Medical and sanitary report of the native army of Bengal for the year
Year: 1876
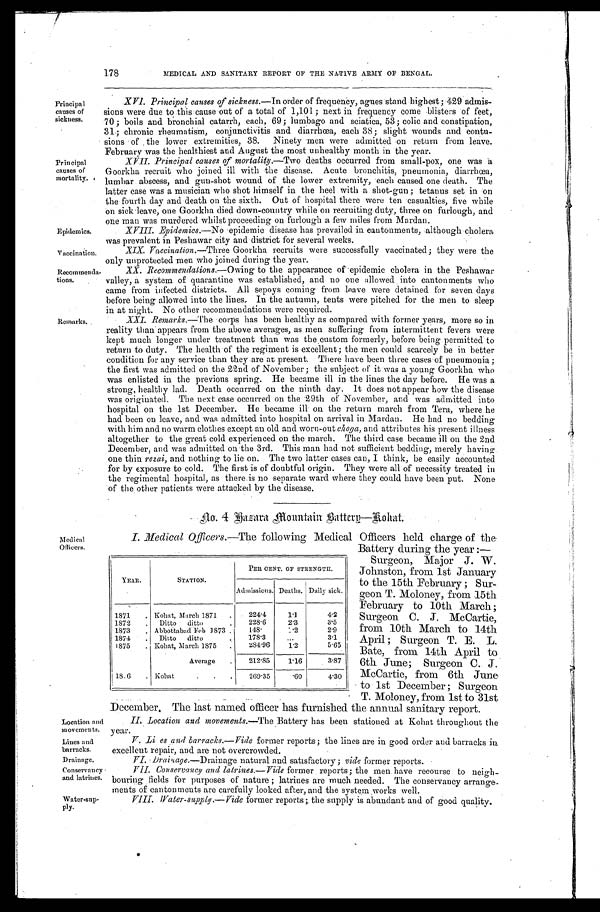
Epidemics.
Vaccination.
Recommenda
-tions.
178
MEDICAL AND SANITARY REPORT OF THE NATIVE ARMY OF BENGAL.
Principal
causes of
sickness.
Principal
causes of
mortality.
Remarks.
X V I . P r i n c i p a l c a u s e s o f s i c k n e s s .—
I n o r d e r o f f r e q u e n c y , a g u e s s t a n d h i g h e s t ; 4 2 9 a d m i s -
sions were due to this cause out of a total of 1,101; next in frequency come blisters of feet,
7 0 ; b o i l s a n d b r o n c h i a l c a t a r r h , e a c h , 6 9 ; l u m b a g o a n d s c i a t i c a , 5 3 ; c o l i c a n d c o n s t i p a t i o n ,
31; chronic rheumatism, conjunctivitis and diarrhœa, each 38; slight wounds and contu-
sions of the lower extremities, 38. Ninety men were admitted on return from leave.
February was the healthiest and August the most unhealthy month in the year.
XVII. Principal causes of mortality.—Two deaths occurred from small-pox, one was a
Goorkha recruit who joined ill with the disease. Acute bronchitis, pneumonia, diarrhœa,
lumbar abscess, and gun-shot wound of the lower extremity, each caused one death. The
latter case was a musician who shot himself in the heel with a shot-gun; tetanus set in on
the fourth day and death on the sixth. Out of hospital there were ten casualties, five while
on sick leave, one Goorkha died down-country while on recruiting duty, three on furlough, and
one man was murdered whilst proceeding on furlough a few miles from Mardan.
XVIII. Epidemics. —No epidemic disease has prevailed in cantonments, although cholera
was prevalent in Peshawar city and district for several weeks.
XIX. Vaccination. —Three Goorkha recruits were successfully vaccinated; they were the
only unprotected men who joined during the year.
XX. Recommendations.— Owing to the appearance of epidemic cholera in the Peshawar
valley, a system of quarantine was established, and no one allowed into cantonments who
came from infected districts. All sepoys coming from leave were detained for seven days
before being allowed into the lines. In the autumn, tents were pitched for the men to sleep
in at night. No other recommendations were required.
XXI. Remarks.—The corps has been healthy as compared with former years, more so in
reality than appears from the above averages, as men suffering from intermittent fevers were
kept much longer under treatment than was the custom formerly, before being permitted to
return to duty. The health of the regiment is excellent; the men could scarcely be in better
condition for any service than they are at present. There have been three cases of pneumonia;
the first was admitted on the 22nd of November; the subject of it was a young Goorkha who
was enlisted in the previous spring. He became ill in the lines the day before. He was a
strong, healthy lad. Death occurred on the ninth day. It does not appear how the disease
was originated. The next case occurred on the 29th of November, and was admitted into
hospital on the 1st December. He became ill on the return march from Tera, where he
had been on leave, and was admitted into hospital on arrival in Mardan. He had no bedding
with him and no warm clothes except an old and worn-out choga, and attributes his present illness
altogether to the great cold experienced on the march. The third case became ill on the 2nd
December, and was admitted on the 3rd. This man had not sufficient bedding, merely having
one thin rezai, and nothing to lie on. The two latter cases can, I think, be easily accounted
for by exposure to cold. The first is of doubtful origin. They were all of necessity treated in
the regimental hospital, as there is no separate ward where they could have been put. None
of the other patients were attacked by the disease.
No. 4 Zasara Mountain Battery—Kohat.
Medical
Officers.
Location and
Movements.
Lines and
barracks.
Drainage.
Conservancy
and latrines.
Water-sup-
ply.
I. Medical Officers.—The following Medical Officers held charge of the
Battery during the year:—
Surgeon, Major J. W.
Johnston, from 1st January
to the 15th February; Sur-
geon T. Moloney, from .15th
February to 10th March;
Surgeon C. J. McCartie,
from 10th March to 14th
April; Surgeon T. E. L.
Bate, from 14th April to
6th June; Surgeon C. J.
McCartie, from 6th June
to 1st December; Surgeon
T. Moloney, from 1st to 31st
December, The last named officer has furnished the annual sanitary report.
II. Location and movements. —The Battery has been stationed at Kohat throughout the
year.
V. Lin es and barracks. —Vide former reports; the lines are in good order and barracks in
excellent repair, and are not overcrowded.
VI. Drainage. —Drainage natural and satisfactory; vide former reports.
VII. Conservancy and latrines. —Vide former reports; the men have recourse to neigh-
bouring fields for purposes of nature; latrines are much needed. The conservancy arrange
- ments of cantonments are carefully looked after, and the system works well.
VIII. Water-supply.—Vide former reports; the supply is abundant and of good quality.
YEAR.
STATION.
PER CENT. OF STRENGTH.
Admissions. Deaths. Daily sick.
1871
Kohat, March 1871
224.4
1.1
4.2
1872
Ditto ditto
228.6
2.3
3.5
1873
Abbottabad Feb 1873
148.
1.2
2.9
1874
Ditto ditto
178.3
3.1
1875
Kohat, March 1875
284.96 1.2
5.65
Average
212.85 1.16
3.87
1876
Kohat
269.35 .60
4.30